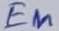
Text: En